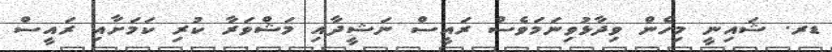
ޑރ. ޝައިނީ މިހެން ވިދާޅުވިނަމަވެސް ރައީސް ނަޝީދާއި މަޝްވަރާ ކުރި ކަމަށާއި ރައީސް